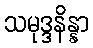
သမုဒ္ဒနိန္နာ